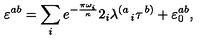
\varepsilon ^ { a b } = \sum _ { i } e ^ { - { \frac { \pi \omega _ { i } } { \kappa } } } 2 _ { i } { \lambda ^ { \left( a \right. } } _ { i } \tau ^ { \left. b \right) } + \varepsilon _ { 0 } ^ { a b } ,